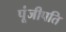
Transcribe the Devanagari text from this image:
पूंजीपति